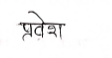
मजकूर: प्रवेश